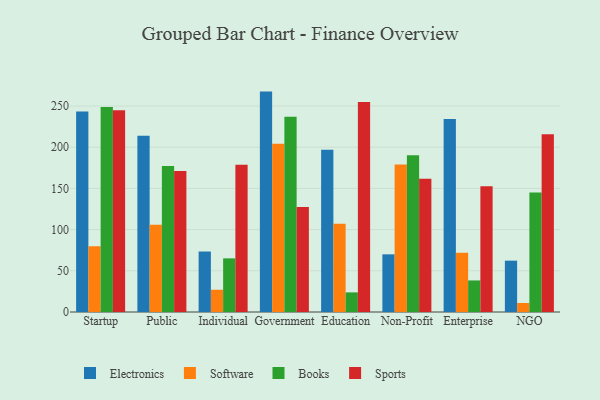
{"axis": {"x": "Segment", "y": "Population (Million)"}, "legend": ["Books", "Electronics", "Software", "Sports"], "data": [{"x": "Startup", "y": 243.2, "type": "Electronics"}, {"x": "Startup", "y": 79.7, "type": "Software"}, {"x": "Startup", "y": 248.9, "type": "Books"}, {"x": "Startup", "y": 244.8, "type": "Sports"}, {"x": "Public", "y": 214.0, "type": "Electronics"}, {"x": "Public", "y": 106.0, "type": "Software"}, {"x": "Public", "y": 177.2, "type": "Books"}, {"x": "Public", "y": 171.1, "type": "Sports"}, {"x": "Individual", "y": 73.4, "type": "Electronics"}, {"x": "Individual", "y": 27.0, "type": "Software"}, {"x": "Individual", "y": 65.1, "type": "Books"}, {"x": "Individual", "y": 178.8, "type": "Sports"}, {"x": "Government", "y": 267.5, "type": "Electronics"}, {"x": "Government", "y": 204.1, "type": "Software"}, {"x": "Government", "y": 236.9, "type": "Books"}, {"x": "Government", "y": 127.4, "type": "Sports"}, {"x": "Education", "y": 196.9, "type": "Electronics"}, {"x": "Education", "y": 107.1, "type": "Software"}, {"x": "Education", "y": 23.8, "type": "Books"}, {"x": "Education", "y": 254.8, "type": "Sports"}, {"x": "Non-Profit", "y": 70.0, "type": "Electronics"}, {"x": "Non-Profit", "y": 179.0, "type": "Software"}, {"x": "Non-Profit", "y": 190.1, "type": "Books"}, {"x": "Non-Profit", "y": 161.8, "type": "Sports"}, {"x": "Enterprise", "y": 234.2, "type": "Electronics"}, {"x": "Enterprise", "y": 71.9, "type": "Software"}, {"x": "Enterprise", "y": 38.3, "type": "Books"}, {"x": "Enterprise", "y": 152.5, "type": "Sports"}, {"x": "NGO", "y": 62.3, "type": "Electronics"}, {"x": "NGO", "y": 10.9, "type": "Software"}, {"x": "NGO", "y": 145.1, "type": "Books"}, {"x": "NGO", "y": 215.7, "type": "Sports"}]}